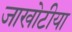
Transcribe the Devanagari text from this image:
जाखोटीया